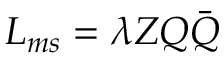
{ \cal L } _ { m s } = \lambda Z Q \bar { Q }